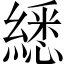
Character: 𦄵